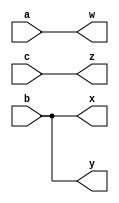
module top_module (
    input wire a,
    input wire b,
    input wire c,
    output wire w,
    output wire x,
    output wire y,
    output wire z
);
    // Assigning inputs to outputs using concatenation
    assign {w, x, y, z} = {a, b, b, c};
    
endmodule